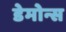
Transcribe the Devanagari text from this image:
डेमोन्स